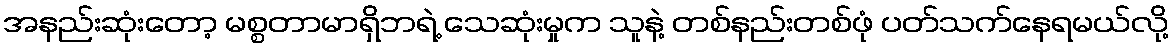
အနည်းဆုံးတော့ မစ္စတာမာရှိဘရဲ့ သေဆုံးမှုက သူနဲ့ တစ်နည်းတစ်ဖုံ ပတ်သက်နေရမယ်လို့